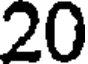
20